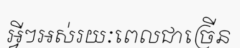
អ្វីៗអស់រយៈពេលជាច្រើន